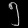
Digit: ၅